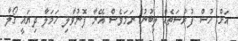
އަށް ހުސް ފުރުސަތެއް ލިބުނު ނަމަވެސް އޭނާ ފޮނުވާލި ހަމަލާ ދިޔައީ ގޯލާ